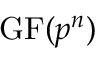
\mathrm { G F } ( p ^ { n } )